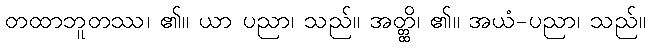
တထာဘူတဿ၊ ၏။ ယာ ပညာ၊ သည်။ အတ္တ္ထိ၊ ၏။ အယံ-ပညာ၊ သည်။